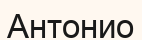
Антонио